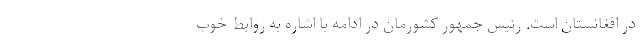
در افغانستان است. رئیس جمهور کشورمان در ادامه با اشاره به روابط خوب